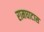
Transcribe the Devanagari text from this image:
रामघाटास